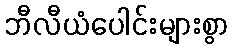
ဘီလီယံပေါင်းများစွာ